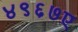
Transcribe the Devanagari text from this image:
४९६७ए